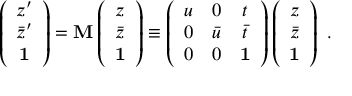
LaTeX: \left( \begin{array} { c } { { z ^ { \prime } } } \\ { { \bar { z } ^ { \prime } } } \\ { { \bf 1 } } \end{array} \right) = { \bf M } \left( \begin{array} { c } { { z } } \\ { { \bar { z } } } \\ { { \bf 1 } } \end{array} \right) \equiv \left( \begin{array} { c c c } { { u } } & { { 0 } } & { { t } } \\ { { 0 } } & { { \bar { u } } } & { { \bar { t } } } \\ { { 0 } } & { { 0 } } & { { { \bf 1 } } } \end{array} \right) \left( \begin{array} { c } { { z } } \\ { { \bar { z } } } \\ { { \bf 1 } } \end{array} \right) \ .